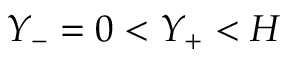
Y _ { - } = 0 < Y _ { + } < H